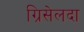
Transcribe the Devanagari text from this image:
ग्रिसेलदा